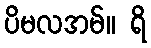
ပိမလအမ်။ ရိ